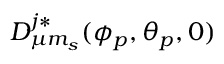
D _ { \mu m _ { s } } ^ { j \ast } ( \phi _ { p } , \theta _ { p } , 0 )